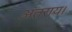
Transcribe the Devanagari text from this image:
अंतराय।